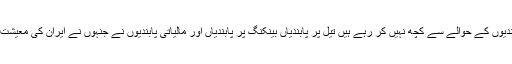
انہوں نے کہاکہ ’ہم سخت پابندیوں کے حوالے سے کچھ نہیں کر رہے ہیں تیل پر پابندیاں بینکنگ پر پابندیاں اور مالیاتی پابندیوں نے جنہوں نے ایران کی معیشت کو سخت نقصان پہنچایا ہے۔